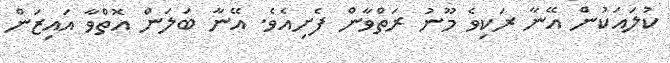
ކުލައަކުން އޭނާ ރަކިވެ މޫނު ރަތްވާން ފެށިއެވެ. އޭނާ ބަލަން އޮތްވާ އައިޒަން